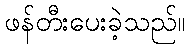
ဖန်တီးပေးခဲ့သည်။